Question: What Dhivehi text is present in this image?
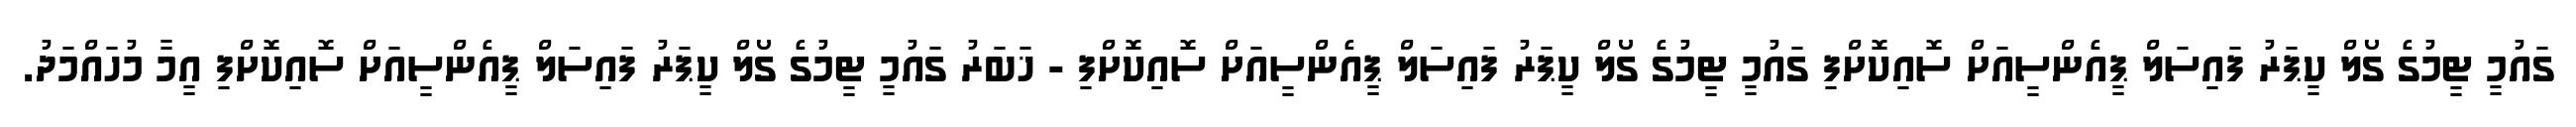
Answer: ގައުމީ ޓީމުގެ ގޯލް ކީޕަރު ފައިސަލް ޕީއެންސީއަށް ސޮއިކޮށްފި ގައުމީ ޓީމުގެ ގޯލް ކީޕަރު ފައިސަލް ޕީއެންސީއަށް ސޮއިކޮށްފި - ޚަބަރު ގައުމީ ޓީމުގެ ގޯލް ކީޕަރު ފައިސަލް ޕީއެންސީއަށް ސޮއިކޮށްފި އީމާ މުހައްމަދު.